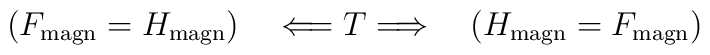
(F_{\rm magn}= H_{\rm magn}) \quad  \Longleftarrow T  \Longrightarrow    \quad (H_{\rm magn}= F_{\rm magn})